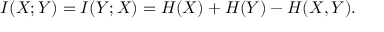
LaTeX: I ( X ; Y ) = I ( Y ; X ) = H ( X ) + H ( Y ) - H ( X , Y ) .